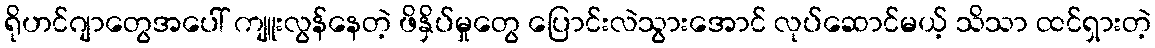
ရိုဟင်ဂျာတွေအပေါ် ကျူးလွန်နေတဲ့ ဖိနှိပ်မှုတွေ ပြောင်းလဲသွားအောင် လုပ်ဆောင်မယ့် သိသာ ထင်ရှားတဲ့